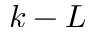
k - L